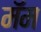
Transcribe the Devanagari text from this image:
मॅम